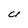
Character: U